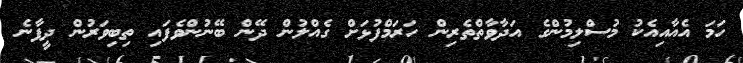
ހަމަ އެއާއިއެކު މުސްލިމުންގެ އަދާވާތްތެރިން ހަރަމްފުޅަށް ގެއްލުން ދޭން ބޭނުންވެފައި ތިބިވަރުން ދީފާނެ